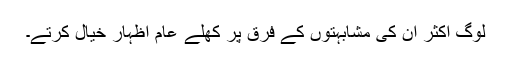
لوگ اکثر ان کی مشابہتوں کے فرق پر کھلے عام اظہارِ خیال کرتے۔